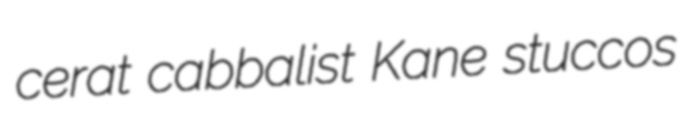
cerat cabbalist Kane stuccos